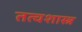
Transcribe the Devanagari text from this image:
तत्वशास्त्र